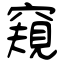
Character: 窺